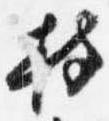
持